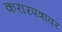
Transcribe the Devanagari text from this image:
करारपत्रावर